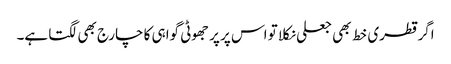
اگر قطری خط بھی جعلی نکلا تو اس پر پر جھوٹی گواہی کا چارج بھی لگتا ہے۔